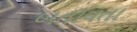
બતાવતા